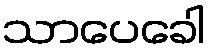
သာပေခေါ